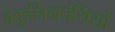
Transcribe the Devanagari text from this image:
बकूनिनपंथियों